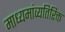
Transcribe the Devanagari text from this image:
माध्यमांव्यतिरिक्त